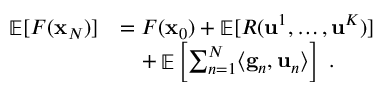
\begin{array} { r l } { \mathop { \mathbb { E } } [ F ( { \mathbf x } _ { N } ) ] } & { = F ( { \mathbf x } _ { 0 } ) + \mathop { \mathbb { E } } [ R ( \mathbf { u } ^ { 1 } , \dots , \mathbf { u } ^ { K } ) ] } \\ & { \quad + \mathop { \mathbb { E } } \left[ \sum _ { n = 1 } ^ { N } \langle \mathbf { g } _ { n } , \mathbf { u } _ { n } \rangle \right] ~ . } \end{array}